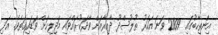
އިންތިހާބުގައި 2009 ވަނަ އަހަރު ތުލުސްދޫ ދާއިރާއަށް ވާދަކުރައްވައި މަޖިލިހަށް ވަޑައިގަތެވެ. އަދި